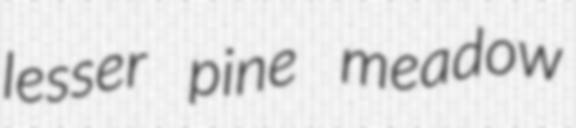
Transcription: lesser pine meadow